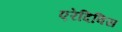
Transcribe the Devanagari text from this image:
एरेदिविस